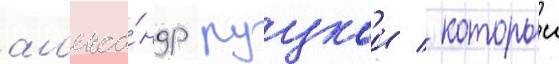
ал'екса́ндр руцкои / которыи